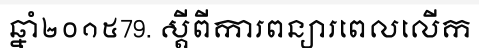
ឆ្នាំ២០១៥79. ស្តីពីការពន្យារពេលលើក